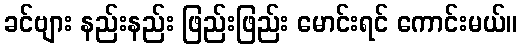
ခင်ဗျား နည်းနည်း ဖြည်းဖြည်း မောင်းရင် ကောင်းမယ်။